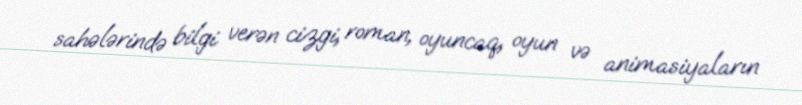
sahələrində bilgi verən cizgi, roman, oyuncaq, oyun və animasiyaların